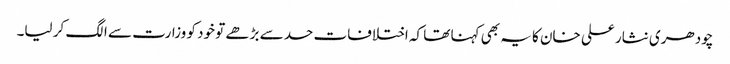
چودھری نثار علی خان کا یہ بھی کہنا تھا کہ اختلافات حد سے بڑھے تو خود کو وزارت سے الگ کر لیا۔